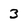
Character: 3